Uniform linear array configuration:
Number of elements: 48
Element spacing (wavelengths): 1
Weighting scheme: binomial
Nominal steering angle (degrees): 30
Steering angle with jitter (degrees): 30.443
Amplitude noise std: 0.05
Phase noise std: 0.05

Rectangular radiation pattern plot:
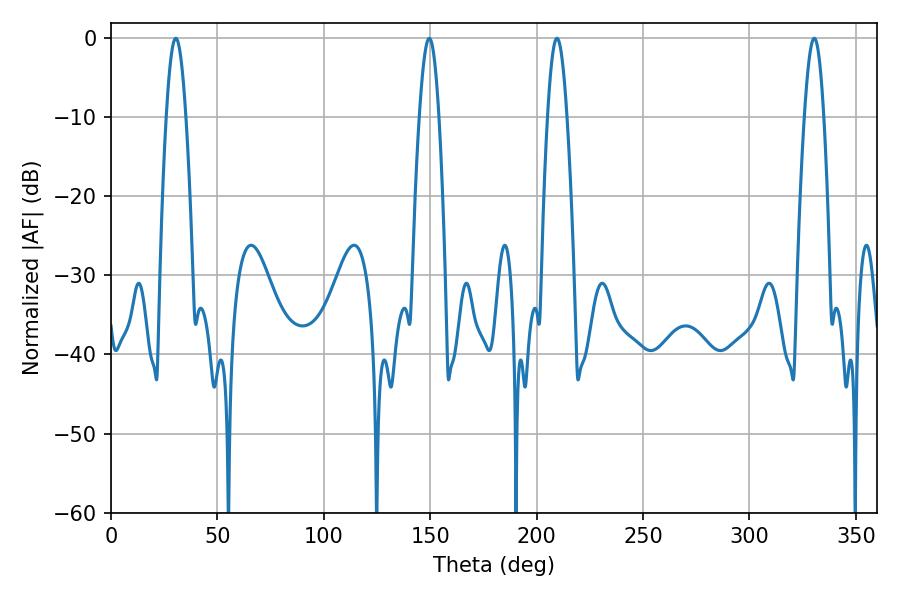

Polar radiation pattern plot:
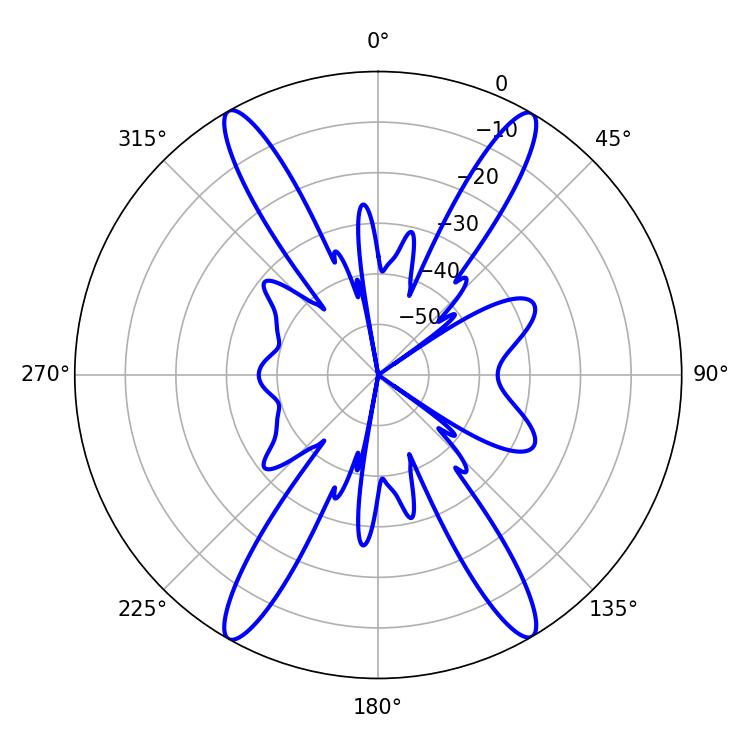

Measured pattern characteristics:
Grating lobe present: TRUE
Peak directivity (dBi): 26.833
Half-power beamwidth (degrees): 4.86
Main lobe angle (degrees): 30.42